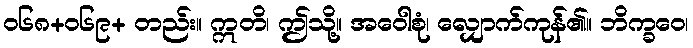
ဝ၆၈+၀၆၉+ တည်း။ ဣတိ၊ ဤသို့။ အဝေါစုံ၊ လျှောက်ကုန်၏။ ဘိက္ခဝေ၊